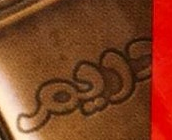
دريم